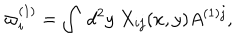
\varpi _ { i } ^ { ( 1 ) } = \int \ d ^ { 2 } y \ X _ { i j } ( x , y ) A ^ { ( 1 ) j } ,